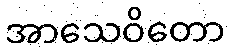
အာသေဝိတော